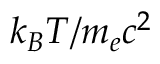
k _ { B } T / m _ { e } c ^ { 2 }